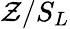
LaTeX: \mathcal{Z}/S_{L}